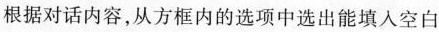
根据对话内容，从方框内的选项中选出能填入空白